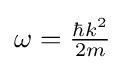
{\textstyle \omega ={\frac {\hbar k^{2}}{2m}}}